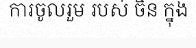
ការចូលរួម របស់ ចិន ក្នុង